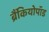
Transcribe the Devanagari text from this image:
ब्रैंकियोपॉड